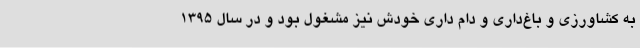
به کشاورزی و باغ‌داری و دام داری خودش نیز مشغول بود و در سال 1395